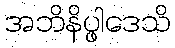
အဘိနိပ္ဖါဒေသိ